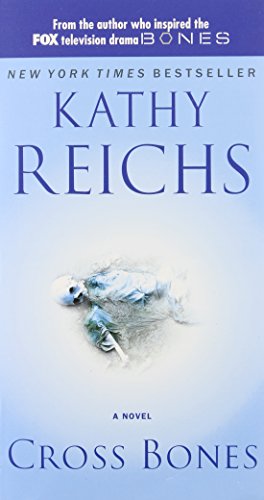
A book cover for Cross Bones (A Temperance Brennan Novel); Kathy Reichs; Mystery, Thriller & Suspense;